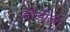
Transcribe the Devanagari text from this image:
बॉडीला